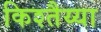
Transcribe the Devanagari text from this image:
किश्तैय्या